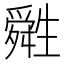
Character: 𤯷